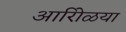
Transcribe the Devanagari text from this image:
आरोिळया